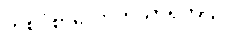
တစ်ငုံစာလောက်သာရှိတယ်။